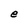
Character: e